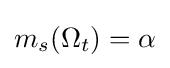
m_{s}(\Omega _{t})=\alpha